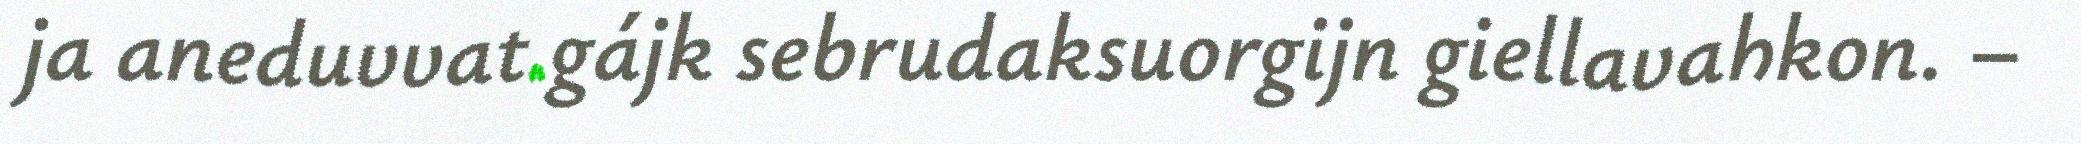
ja aneduvvat gájk sebrudaksuorgijn giellavahkon. −